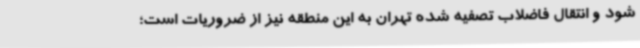
شود و انتقال فاضلاب تصفیه شده تهران به این منطقه نیز از ضروریات است؛